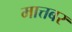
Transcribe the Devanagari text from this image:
मात्तबर